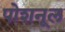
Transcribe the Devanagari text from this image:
पोशनूल